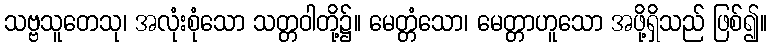
သဗ္ဗသူတေသု၊ အလုံးစုံသော သတ္တဝါတို့၌။ မေတ္တံသော၊ မေတ္တာဟူသော အဖို့ရှိသည် ဖြစ်၍။